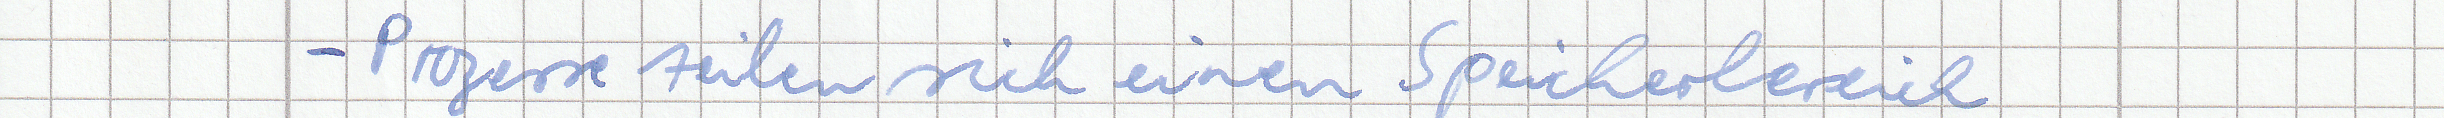
- Prozesse teilen sich einen Speicherbereich